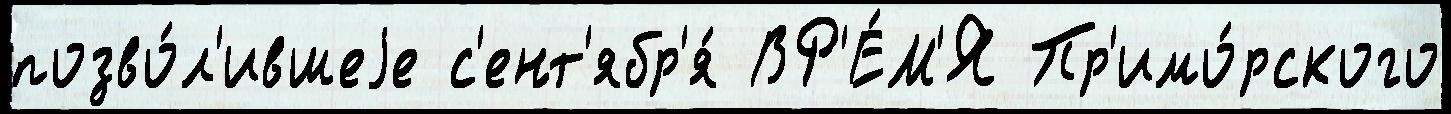
позво́л'ившеjе с'ент'ябр'я́ ВР'Е́М'Я Пр'имо́рского